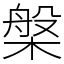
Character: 槃